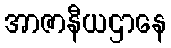
အာဇာနီယဌာနေ